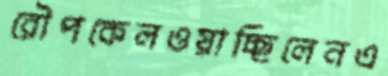
রৌপকেলওয়াচ্ছিলেনএ